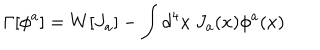
\Gamma [ \phi ^ { a } ] = W [ J _ { a } ] - \int d ^ { 4 } x ~ J _ { a } ( x ) \phi ^ { a } ( x )